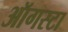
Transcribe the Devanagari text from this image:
ऑगस्‍टा